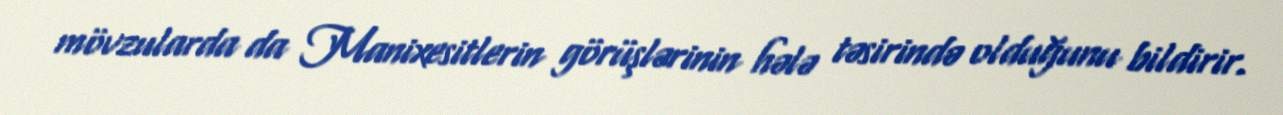
mövzularda da Manixesitlerin görüşlərinin hələ təsirində olduğunu bildirir.